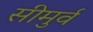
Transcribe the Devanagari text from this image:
सीमुर्व